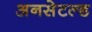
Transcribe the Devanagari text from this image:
अनसेटल्ड